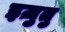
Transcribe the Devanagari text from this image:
इज़ुतु